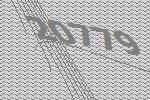
20779